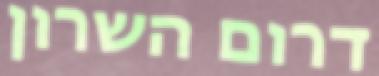
דרום השרון